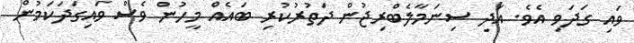
ވައި ގަދަވި އެވެ. އަދި ސިނަމާލެބްރިޖުން ދަތުރުކުރި ބައެއް މީހުން ވެސް ވައިގަދަކަމުން